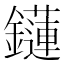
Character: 𨯌